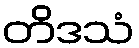
တိဒသံ